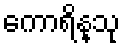
ကောရိန္သု